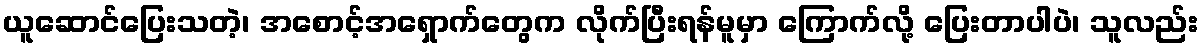
ယူဆောင်ပြေးသတဲ့၊ အစောင့်အရှောက်တွေက လိုက်ပြီးရန်မူမှာ ကြောက်လို့ ပြေးတာပါပဲ၊ သူလည်း